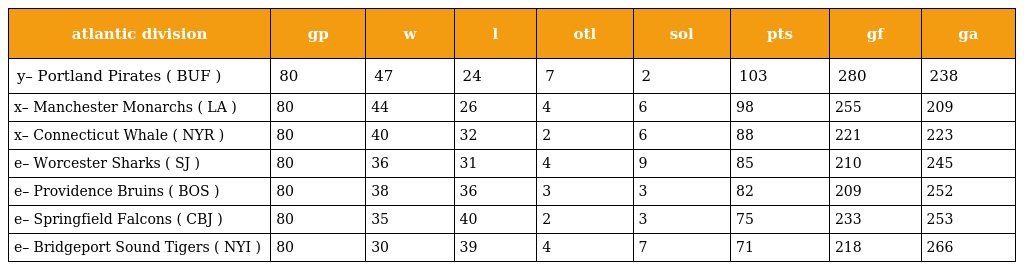
| atlantic division | gp | w | l | otl | sol | pts | gf | ga |
 | --- | --- | --- | --- | --- | --- | --- | --- | --- |
 | y– Portland Pirates ( BUF ) | 80 | 47 | 24 | 7 | 2 | 103 | 280 | 238 |
 | x– Manchester Monarchs ( LA ) | 80 | 44 | 26 | 4 | 6 | 98 | 255 | 209 |
 | x– Connecticut Whale ( NYR ) | 80 | 40 | 32 | 2 | 6 | 88 | 221 | 223 |
 | e– Worcester Sharks ( SJ ) | 80 | 36 | 31 | 4 | 9 | 85 | 210 | 245 |
 | e– Providence Bruins ( BOS ) | 80 | 38 | 36 | 3 | 3 | 82 | 209 | 252 |
 | e– Springfield Falcons ( CBJ ) | 80 | 35 | 40 | 2 | 3 | 75 | 233 | 253 |
 | e– Bridgeport Sound Tigers ( NYI ) | 80 | 30 | 39 | 4 | 7 | 71 | 218 | 266 |